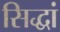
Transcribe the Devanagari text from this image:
सिद्धां